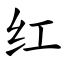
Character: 红